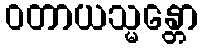
ဝတာယသ္မန္တော